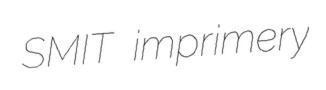
SMIT imprimery